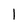
Character: l